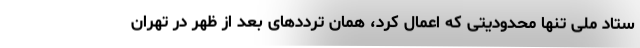
ستاد ملی تنها محدودیتی که اعمال کرد، همان ترددهای بعد از ظهر در تهران